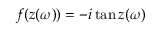
f ( z ( \omega ) ) = - i \tan z ( \omega )